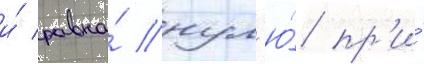
и́ равна́ нул'ю́ пр'и́